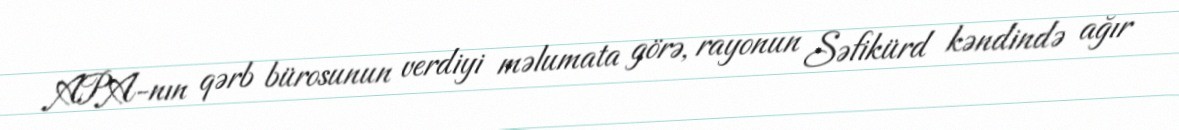
APA-nın qərb bürosunun verdiyi məlumata görə, rayonun Səfikürd kəndində ağır